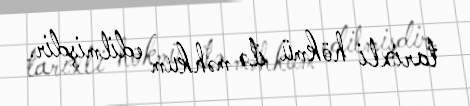
tarixli hökmü ilə məhkum edilmişdir.